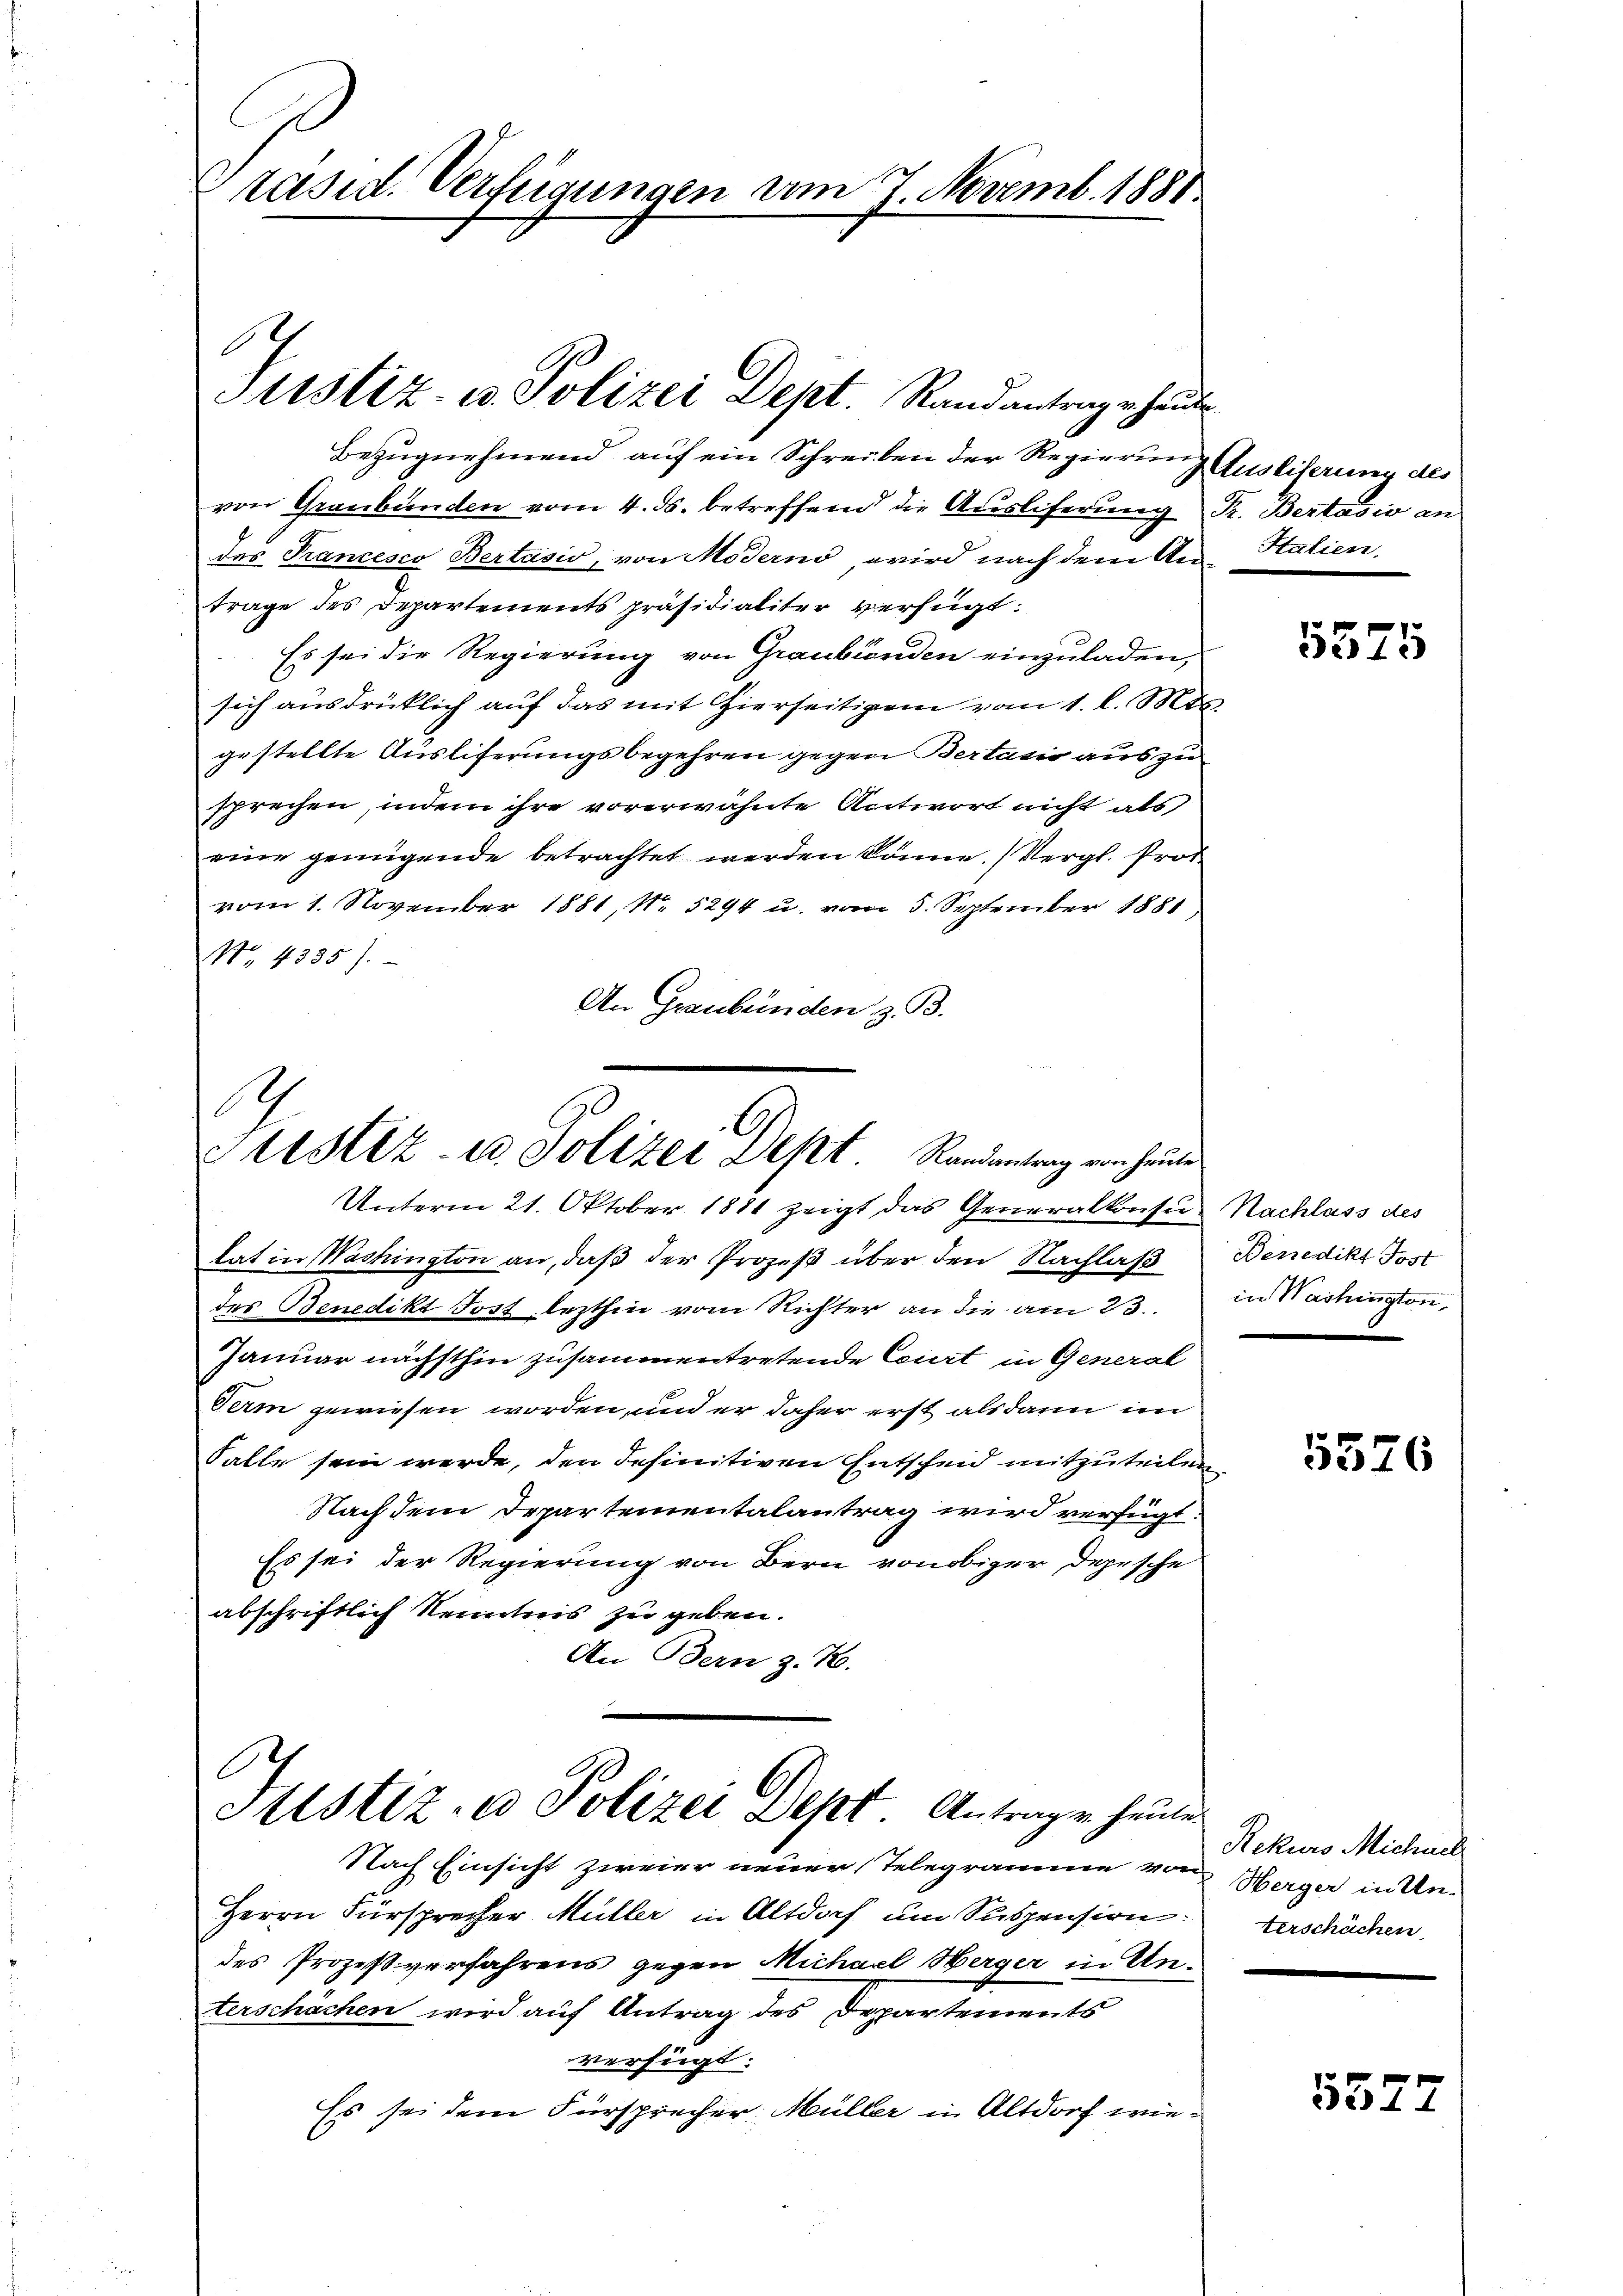
Präsid. Verfügungen am 7. Novemb. 1881

Bezugnehmend auf ein Schreiben der Regierun
von Graubünden vom 4. ds. betreffend die Auslieferung Fr. Bertasio an
des Francesco Bertasio, von Moderno, wird nach dem An-Italien,
trage des Departements präsidialiter verfügt:
Es sei die Regierung von Graubünden einzuladen,
sich ausdrücklich auf das mit Hierseitigem vom 1. l. Mts.
gestellte Ausliferungsbegehren gegen Bertasie aus zu
sprechen, indem ihre vorerwähnte Antwort nicht als
eine genügende betrachtet werden könne. (Vergl. Prot
vom 1. November 1881, No. 5294 u. vom 5. September 1881
No. 4335).
An Graubünden z. B.

Justiz- u. Polizei Dept. Randantrag er heute

.
Justiz- u. Polizei Dept. Randantrag von heute

Unterm 21. Oktober 1881 zeigt das Generalkonsus Nachlass des
lat in Washington an, daß der Prozeß über den Nachlaß Benedikt Post
des Benedikt Post lezthin vom Richter an die am 23.. in Washington,
Januar nächsthin zusammentretende Court in General
Ferm gewiesen worden, und er daher erst alsdann im
Falle sein werde, den definitiven Entscheid mitzuteilen.
Nach dem Departementalantrag wird verfügt:
Es sei der Regierung von Bern von obiger Depesche
abschriftlich Kenntnis zu geben.
An Bern z. R.
Justiz- u Polizei Dept. Antrage heute
Nach Einsicht zweier neuer Telegramme von Herger in Un-
Herrn Fürsprecher Müller in Altdoch um Suspension
des Prozeßverfahrens gegen Michael Werger in Unterschächen wird auf Antrag des Departements
verfügt:
Es sei dem Fürsprecher, Müller in Altdorf wie¬

Ausliferung des

5325

5576

Rekurs Michael
terschächen

5522